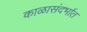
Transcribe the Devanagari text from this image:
काळासंदर्भात